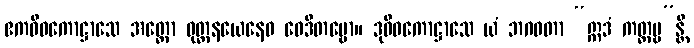
ဧကဝိဓကောဋ္ဌာသေ အတ္ထော ဝုတ္တနယေနေဝ ဝေဒိတဗ္ဗော။ ဒုဝိဓကောဋ္ဌာသေ ယံ ဘဂဝတာ “ဣဒံ ကတ္တဗ္ဗ”န္တိ